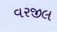
વરજીલ